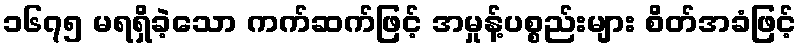
၁၆၇၅ မရရှိခဲ့သော ကက်ဆက်ဖြင့် အမှုန့်ပစ္စည်းများ စိတ်အခံဖြင့်